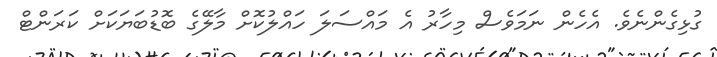
ގުޅިގެންނެވެ. އެހެން ނަމަވެސް މިހާރު އެ މައްސަލަ ހައްލުކޮށް މާލޭގެ ބޮޑުބަޔަކަށް ކަރަންޓް